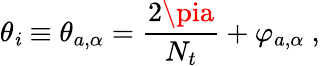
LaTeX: \theta_{\mathit{i}}\equiv\theta_{a,\alpha}={\frac{{2\pia}}{{N_{t}}}}+\varphi_{a,\alpha}~,